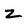
Character: z